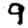
Digit: 9